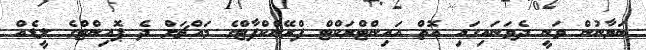
ބަޔާނުން ވަނީ ދެވަނައިގައި އޮތް އައިންޓްރަކްޓް ފްރޭންކްފާޓްގެ މައްޗަށް ދެ ޕޮއިންޓްގެ ލީޑެއް